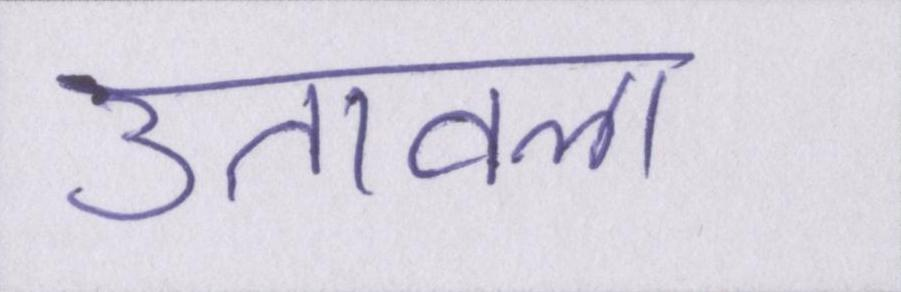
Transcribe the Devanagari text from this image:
उतावला